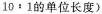
$$1 0 : 1$$的单位长度)